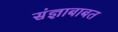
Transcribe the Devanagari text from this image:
संज्ञाबाबत